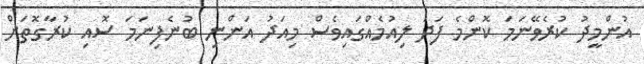
އުންމީދު ކުރެވޭނަމަ ކޮންމެ ފަދަ ލިއުމެއްގައިވެސް މިއަދު އަންނި ބުނެފިނަމަ ސޮއި ކުރާގޮތަށް